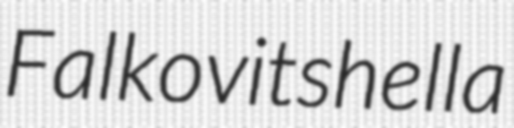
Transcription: Falkovitshella